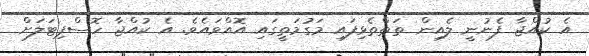
އެ ކުއްޖާ ފެނުނީ ލެއިން ތަތްތެޅިފައި މަގުމަތީގައި އޮއްވައެވެ. އެ ކުއްޖާ ހޮސްޕިޓަަލަށް